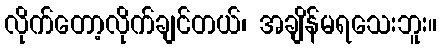
လိုက်တော့လိုက်ချင်တယ်၊ အချိန်မရသေးဘူး။